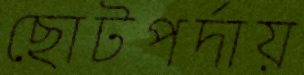
ছোটপর্দায়